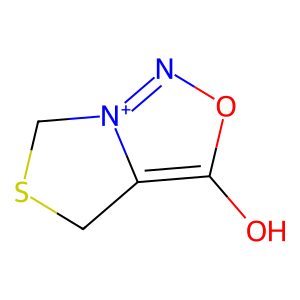
SMILES: Oc1on[n+]2c1CSC2
Inhibits HIV replication: No